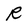
Character: R